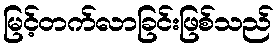
မြင့်တက်လာခြင်းဖြစ်သည်